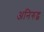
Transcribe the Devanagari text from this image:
अनिरुद्व